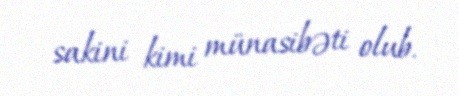
sakini kimi münasibəti olub.